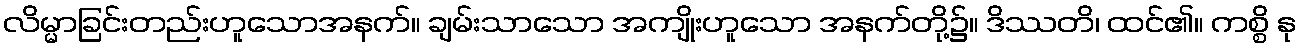
လိမ္မာခြင်းတည်းဟူသောအနက်။ ချမ်းသာသော အကျိုးဟူသော အနက်တို့၌။ ဒိဿတိ၊ ထင်၏။ ကစ္စိ နု